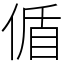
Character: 偱